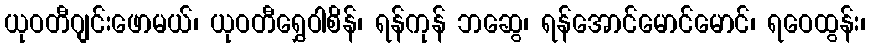
ယုဝတီဂျင်းဖောမယ်၊ ယုဝတီရွှေဝါစိန်၊ ရန်ကုန် ဘဆွေ၊ ရန်အောင်မောင်မောင်၊ ရဝေထွန်း၊